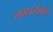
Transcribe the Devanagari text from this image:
लग्नसंबध